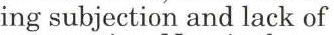
ing subjection and lack of